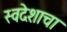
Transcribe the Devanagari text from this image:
स्वदेशाचा